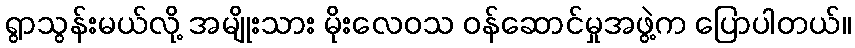
ရွာသွန်းမယ်လို့ အမျိုးသား မိုးလေဝသ ဝန်ဆောင်မှုအဖွဲ့က ပြောပါတယ်။